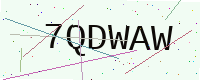
Text: 7QDWAW